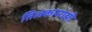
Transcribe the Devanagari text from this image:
तिलकामांझी